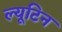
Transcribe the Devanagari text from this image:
ल्यूटिन